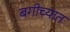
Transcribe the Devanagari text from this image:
बगीच्यात